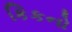
કિકનો